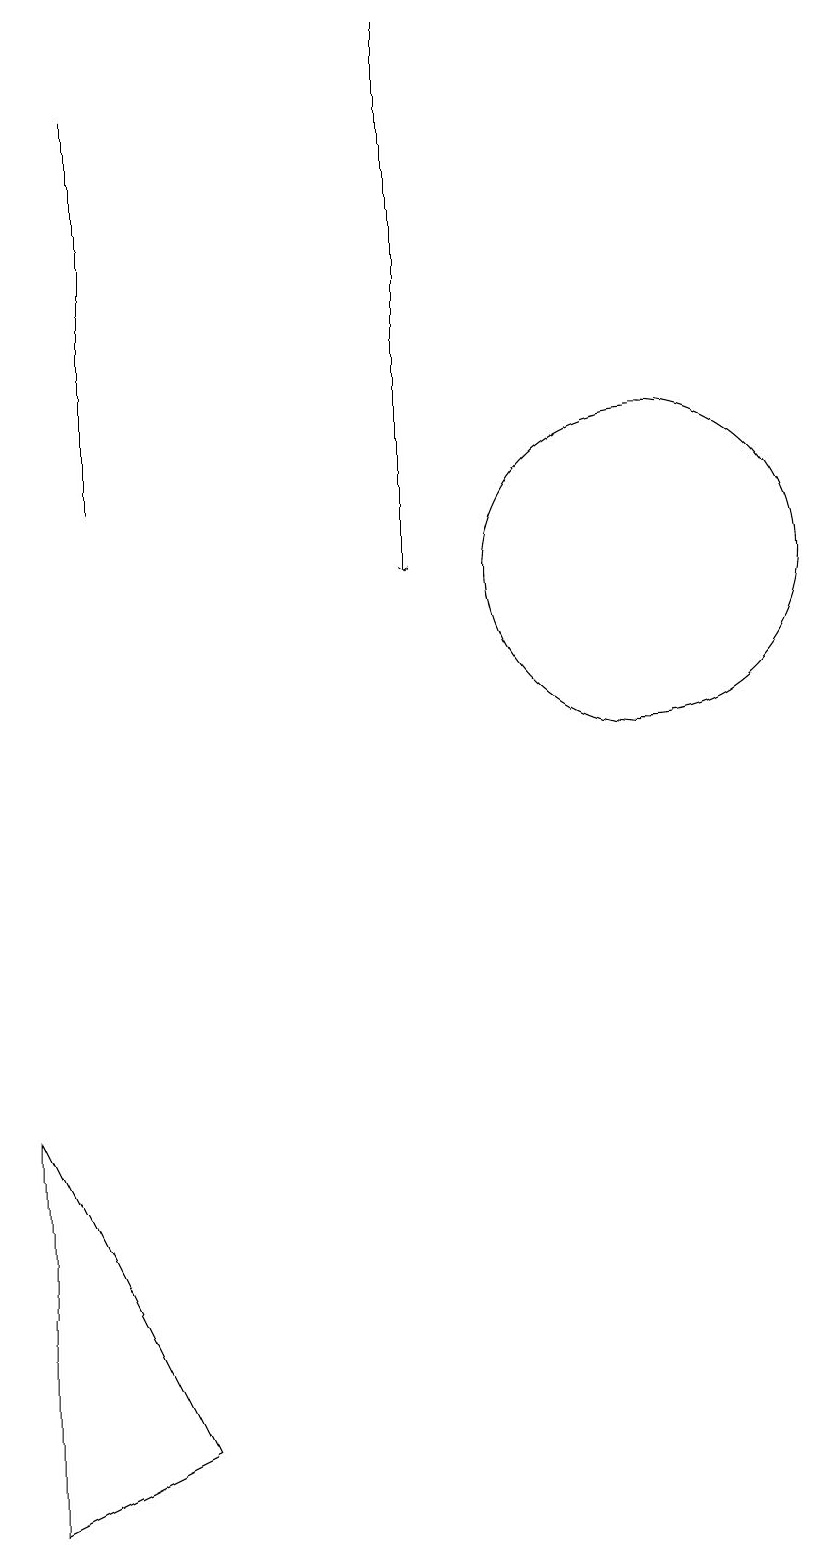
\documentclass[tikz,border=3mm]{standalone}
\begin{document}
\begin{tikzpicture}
\draw[->] (7,19) -- (7,12);
\draw (10,12) circle (2);
\draw (2,5) -- (2,0) -- (4,1) -- cycle;
\draw (3,18) rectangle (3,13);
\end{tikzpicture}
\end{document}